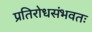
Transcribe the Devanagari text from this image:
प्रतिरोधसंभवतः